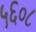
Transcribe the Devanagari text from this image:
५६०८